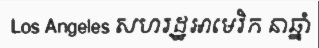
Los Angeles សហរដ្ឋអាមេរិក នាឆ្នាំ